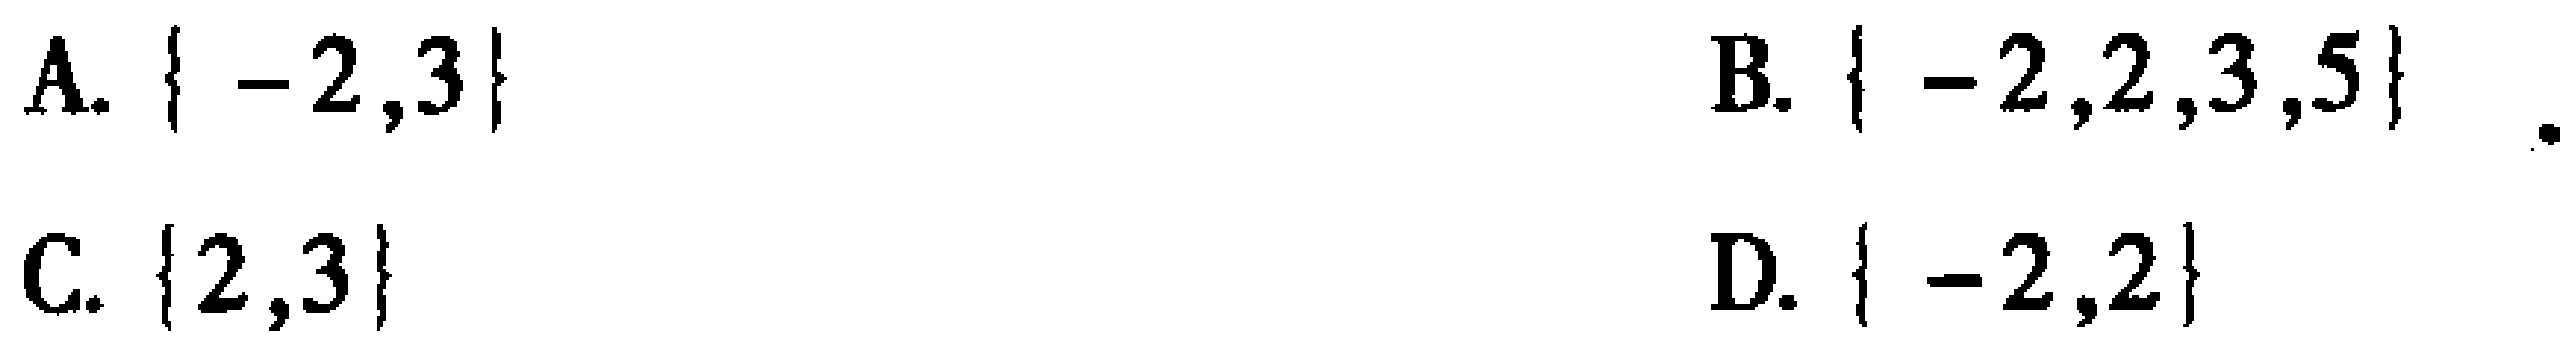
A. $\{-2,3\}$
B. $\{-2,2,3,5\}$
C. $\{2,3\}$
D. $\{-2,2\}$